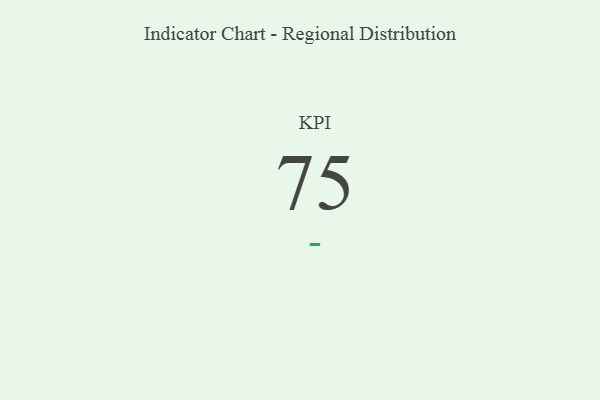
{"axis": {"x": "KPI", "y": "Value"}, "legend": [""], "data": [{"x": "KPI", "y": 75, "type": ""}]}